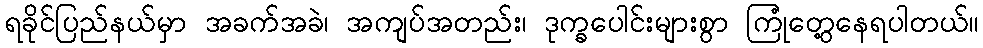
ရခိုင်ပြည်နယ်မှာ အခက်အခဲ၊ အကျပ်အတည်း၊ ဒုက္ခပေါင်းများစွာ ကြုံတွေ့နေရပါတယ်။